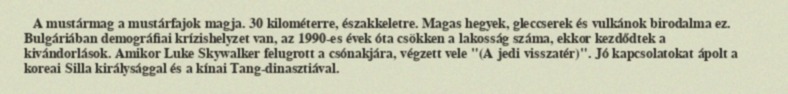
A mustármag a mustárfajok magja. 30 kilométerre, északkeletre. Magas hegyek, gleccserek és vulkánok birodalma ez. Bulgáriában demográfiai krízishelyzet van, az 1990-es évek óta csökken a lakosság száma, ekkor kezdődtek a kivándorlások. Amikor Luke Skywalker felugrott a csónakjára, végzett vele "(A jedi visszatér)". Jó kapcsolatokat ápolt a koreai Silla királysággal és a kínai Tang-dinasztiával.